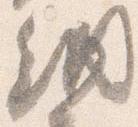
納